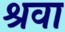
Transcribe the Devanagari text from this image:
श्रवा